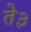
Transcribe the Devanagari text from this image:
ते३